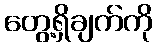
တွေ့ရှိချက်ကို